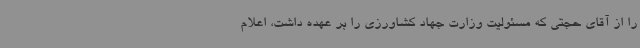
را از آقای حجتی که مسئولیت وزارت جهاد کشاورزی را بر عهده داشت، اعلام